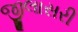
જીલાસરી